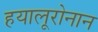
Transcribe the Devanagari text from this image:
हयालूरोनान